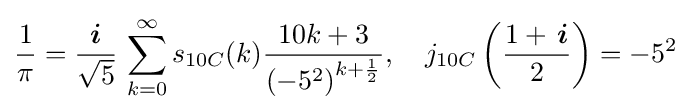
{\frac {1}{\pi }}={\frac {\boldsymbol {i}}{\sqrt {5}}}\,\sum _{k=0}^{\infty }s_{10C}(k){\frac {10k+3}{\left(-5^{2}\right)^{k+{\frac {1}{2}}}}},\quad j_{10C}\left({\frac {1+\,{\boldsymbol {i}}}{2}}\right)=-5^{2}